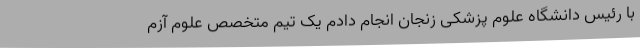
با رئیس دانشگاه علوم پزشکی زنجان انجام دادم یک تیم متخصص علوم آزم